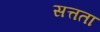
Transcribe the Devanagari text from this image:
सत्तता